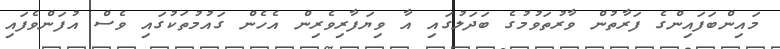
މައިންބަފައިންގެ ފަރާތުން ވާރުތަވުމުގެ ބަދަލުގައި އާ ވިޔަފާރިވެރިން އެހެން ގައުމުތަކުގައި ވެސް އުފަންވެފައި